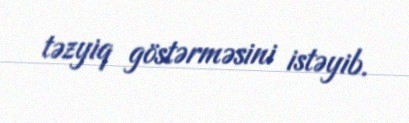
təzyiq göstərməsini istəyib.